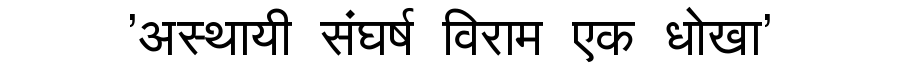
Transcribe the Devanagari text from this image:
'अस्थायी संघर्ष विराम एक धोखा'